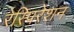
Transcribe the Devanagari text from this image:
रेस्पिरेशन